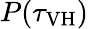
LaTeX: P(\tau_{\mathrm{VH}})